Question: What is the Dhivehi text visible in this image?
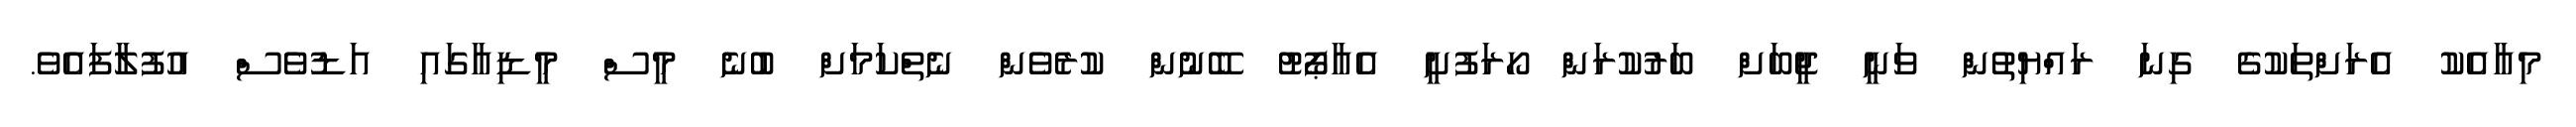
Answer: މިއާއެކު އެރަށްތަކުގެ ގިނަ ރައްޔިތުން ވަނީ ޖީބަށް ބަރުކުރަން ހޯރަފުށީ އެއާޕޯޓު ބޭނުން ކުރެވެން ނެތްކަމަށް ބުނެ މީސް މީޑިއާގައި އަޑުވެސް އުފުލާފައެވެ.